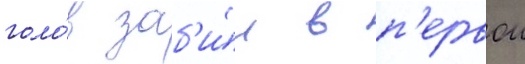
голо́в заб'и́л в п'ервои